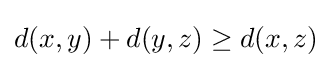
d(x,y)+d(y,z)\geq d(x,z)